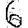
Digit: 6